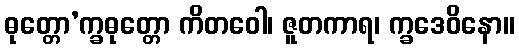
ဓုတ္တော’က္ခဓုတ္တော ကိတဝေါ၊ ဇူတကာရ၊ က္ခဒေဝိနော။